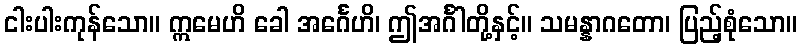
ငါးပါးကုန်သော။ ဣမေဟိ ခေါ အင်္ဂေဟိ၊ ဤအင်္ဂါတို့နှင့်။ သမန္နာဂတော၊ ပြည့်စုံသော။